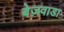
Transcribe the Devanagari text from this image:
बेज़वाडा